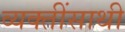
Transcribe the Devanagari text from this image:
व्यक्तींसाथी